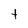
Character: t